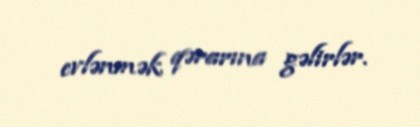
evlənmək qərarına gəlirlər.